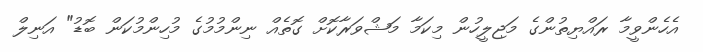
އެހެންވީމާ ރައްޔިތުންގެ މަޖިލީހުން މިކަމާ މަޝްވަރާކޮށް ގޮތެއް ނިންމުމުގެ މުހިންމުކަން ބޮޑު" އަނިލް